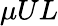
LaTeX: \mu UL